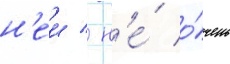
н'еи / н'е́ о́чень